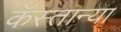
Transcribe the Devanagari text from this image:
कॅस्तान्या